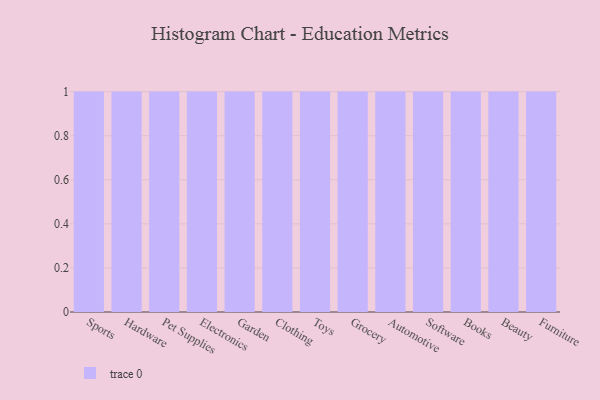
{"axis": {"x": "Category", "y": "Temperature (°C)"}, "legend": [""], "data": [{"x": "Sports", "y": 57, "type": ""}, {"x": "Hardware", "y": 48, "type": ""}, {"x": "Pet Supplies", "y": 80, "type": ""}, {"x": "Electronics", "y": 25, "type": ""}, {"x": "Garden", "y": 59, "type": ""}, {"x": "Clothing", "y": 21, "type": ""}, {"x": "Toys", "y": 64, "type": ""}, {"x": "Grocery", "y": 69, "type": ""}, {"x": "Automotive", "y": 94, "type": ""}, {"x": "Software", "y": 1, "type": ""}, {"x": "Books", "y": 61, "type": ""}, {"x": "Beauty", "y": 1, "type": ""}, {"x": "Furniture", "y": 88, "type": ""}]}